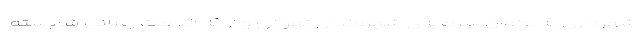
شهرداری به عنوان سرمایه‌ی شهروندان تهرانی و ارائه خدمات رسانی شایسته